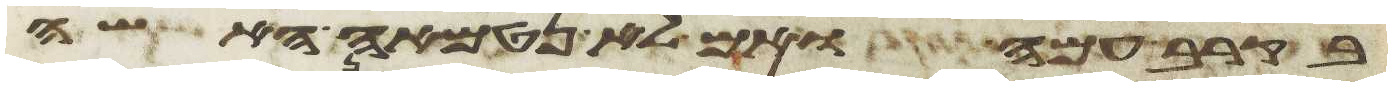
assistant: בקרב עמה ואם לא נטמאה האשה